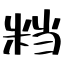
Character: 𥹥